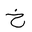
Letter: _kha